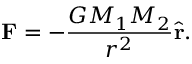
{ \mathbf F } = - \frac { G M _ { 1 } M _ { 2 } } { r ^ { 2 } } \hat { \mathbf r } .